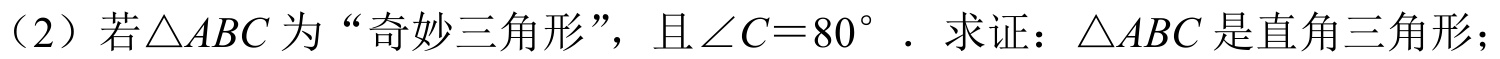
（2）若\(\triangle ABC\)为“奇妙三角形”，且\(\angle C = 80^{\circ}\)．求证：\(\triangle ABC\)是直角三角形；